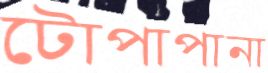
টোপাপানা